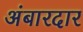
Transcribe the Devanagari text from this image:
अंबारदार